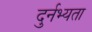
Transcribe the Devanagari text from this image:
दुर्नभ्यता